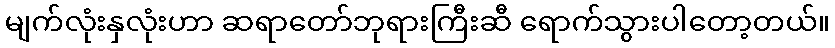
မျက်လုံးနှလုံးဟာ ဆရာတော်ဘုရားကြီးဆီ ရောက်သွားပါတော့တယ်။